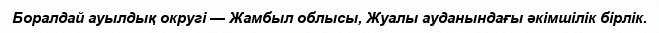
Боралдай ауылдық округі — Жамбыл облысы, Жуалы ауданындағы әкімшілік бірлік.